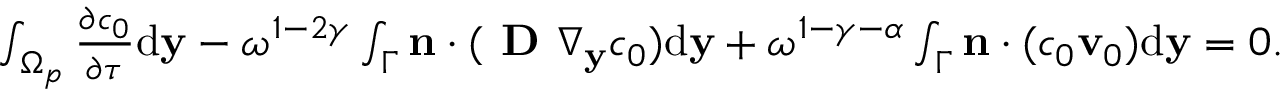
\begin{array} { r } { \int _ { \Omega _ { p } } ^ { } \frac { \partial c _ { 0 } } { \partial \tau } \mathrm d \mathbf y - \omega ^ { 1 - 2 \gamma } \int _ { \Gamma } \mathbf { n } \cdot ( \textbf { D } \nabla _ { \mathbf y } c _ { 0 } ) \mathrm d \mathbf y + \omega ^ { 1 - \gamma - \alpha } \int _ { \Gamma } \mathbf n \cdot ( c _ { 0 } \mathbf v _ { 0 } ) \mathrm d \mathbf y = 0 . } \end{array}